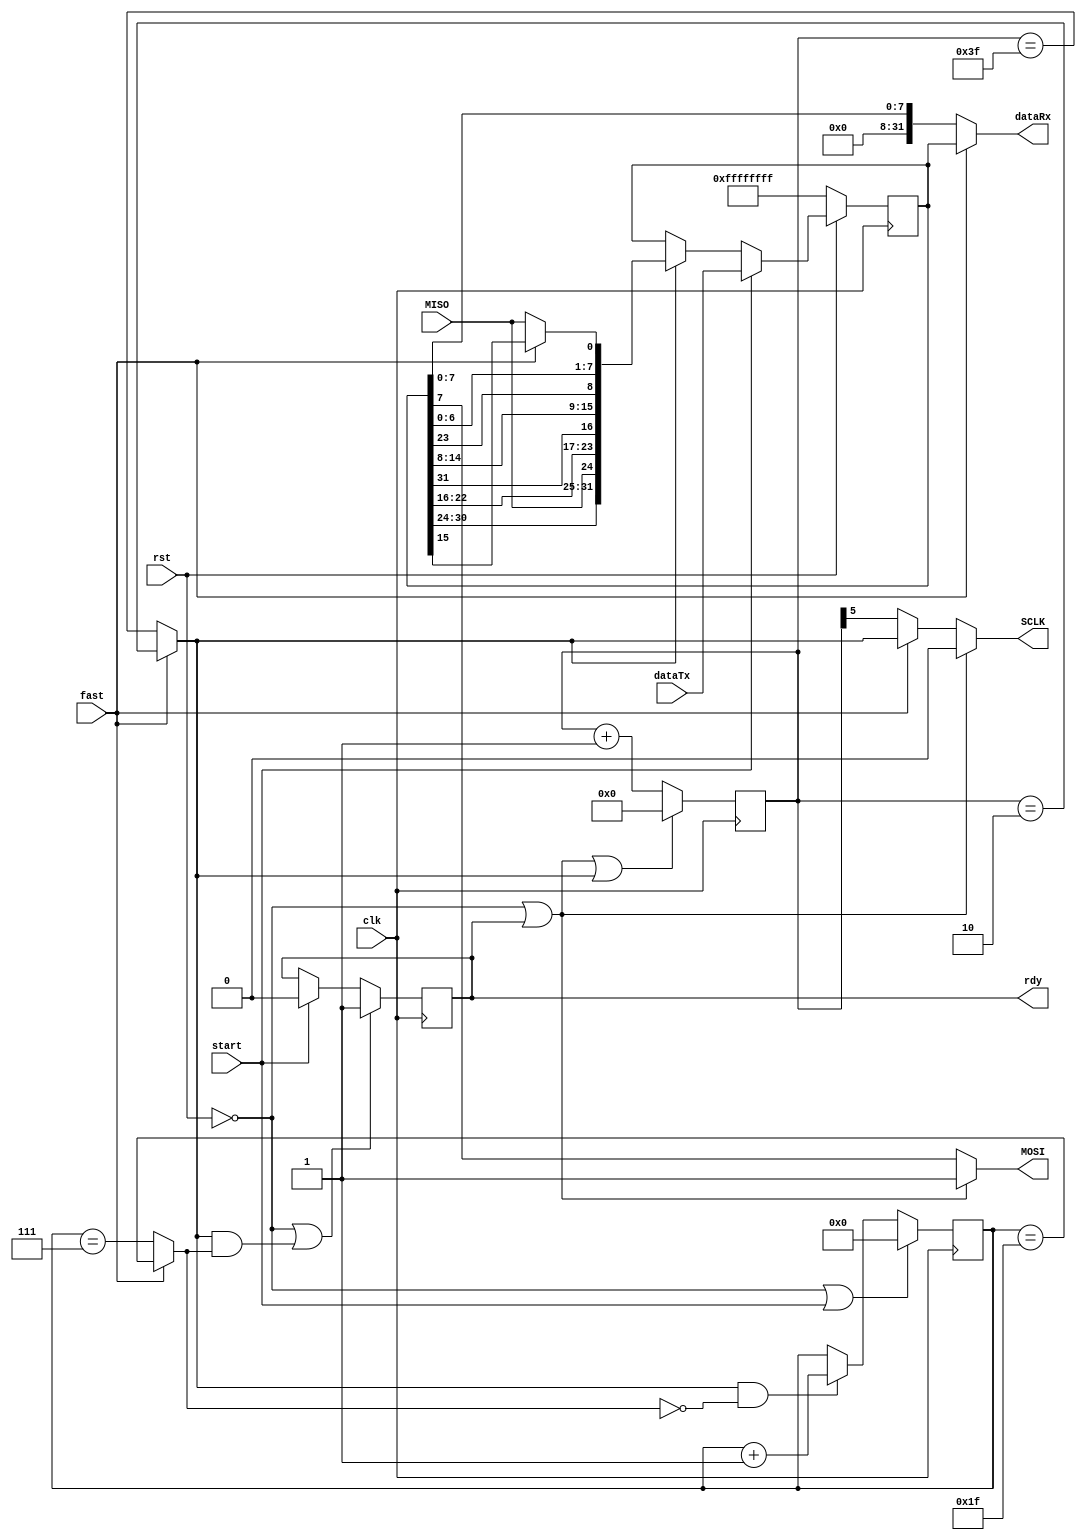
`timescale 1ns / 1ps

// Motorola Serial Peripheral Interface (SPI) PDR 23.3.12 / 16.10.13
// transmitter / receiver of words (fast, clk/3) or bytes (slow, clk/64)
// e.g 8.33MHz or ~400KHz respectively at 25MHz (slow needed for SD-card init)
// note: bytes are always MSbit first; but if fast, words are LSByte first

module SPI(
  input clk, rst,
  input start, fast,
  input [31:0] dataTx,
  output [31:0] dataRx,
  output reg rdy,
  input MISO, output MOSI, output SCLK);

wire endbit, endtick;
reg [31:0] shreg;
reg [5:0] tick;
reg [4:0] bitcnt;

assign endtick = fast ? (tick == 2) : (tick == 63);  //25MHz clk
assign endbit = fast ? (bitcnt == 31) : (bitcnt == 7);
assign dataRx = fast ? shreg : {24'b0, shreg[7:0]};
assign MOSI = (~rst | rdy) ? 1 : shreg[7];
assign SCLK = (~rst | rdy) ? 0 : fast ? endtick : tick[5];

always @ (posedge clk) begin
  tick <= (~rst | rdy | endtick) ? 0 : tick + 1;
  rdy <= (~rst | endtick & endbit) ? 1 : start ? 0 : rdy;
  bitcnt <= (~rst | start) ? 0 : (endtick & ~endbit) ? bitcnt + 1 : bitcnt;
  shreg <= ~rst ? -1 : start ? dataTx : endtick ?
    {shreg[30:24], MISO, shreg[22:16], shreg[31], shreg[14:8],
       shreg[23], shreg[6:0], (fast ? shreg[15] : MISO)} : shreg;
end

endmodule